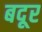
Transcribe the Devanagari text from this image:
बदूर